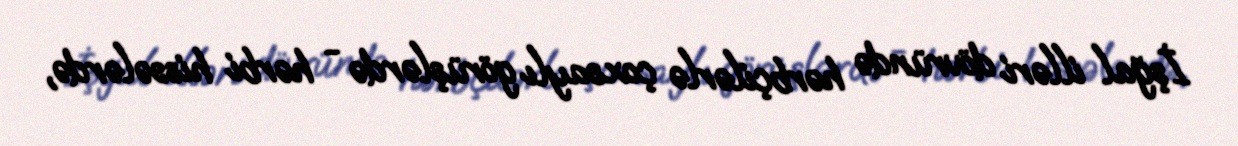
İşğal illəri dövründə hərbçilərlə çoxsaylı görüşlərdə - hərbi hissələrdə,